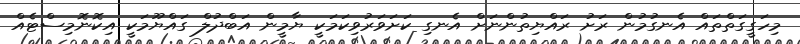
މިހަގީގަތްތައް އެނގުމުން ރަށު ރައްޔިތުންނަށް އެނގި ކަށަވަރުވިކަމަކީ ޔާމީން އަބްދުލް ގައްޔޫމަކީ އިކޮނޮމިސްޓެއް